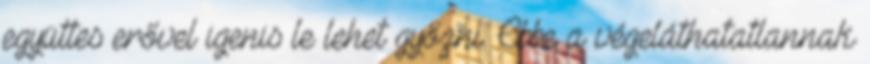
együttes erővel igenis le lehet győzni. Ebbe a végeláthatatlannak